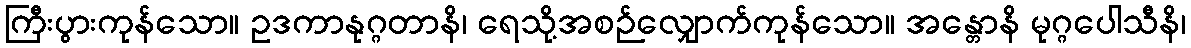
ကြီးပွားကုန်သော။ ဥဒကာနုဂ္ဂတာနိ၊ ရေသို့အစဉ်လျှောက်ကုန်သော။ အန္တောနိ မုဂ္ဂပေါသီနိ၊